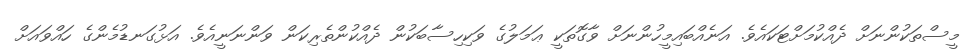
މީސްތަކުންނަށް ދެއްކުމަށްޓަކައެވެ. އަނެއްބައިމީހުންނަށް ވާގޮތަކީ ޢަމަލުގެ ވަކިހިސާބަކުން ދެއްކުންތެރިކަން ވަންނަނީއެވެ. އަޅުގަނޑުމެންގެ ހައްވައަށް